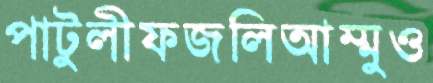
পাটুলীফজলিআম্মুও